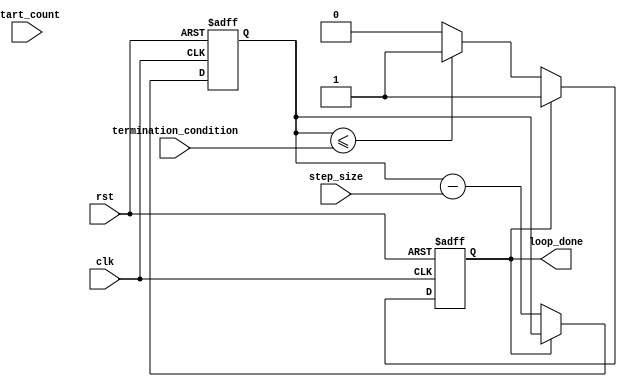
module decremental_for_loop (
  input wire rst,
  input wire clk,
  input wire start_count,
  input wire step_size,
  input wire termination_condition,
  output reg loop_done
);

reg [31:0] count;

always @(posedge clk or posedge rst) begin
  if (rst) begin
    count <= 0;
    loop_done <= 0;
  end else begin
    if (!loop_done) begin
      count <= count - step_size;
      if (count <= termination_condition) begin
        loop_done <= 1;
      end
    end
  end
end

// Code block within the for loop goes here

endmodule